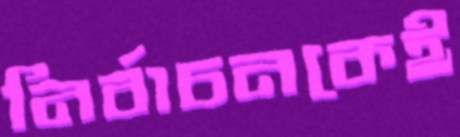
নির্বাচনকেই